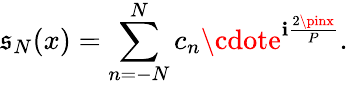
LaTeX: \mathfrak{s}_{N}(x)=\sum_{n=-N}^{N}c_{n}\cdote^{\mathbf{i}{\frac{{2\pinx}}{{P}}}}.